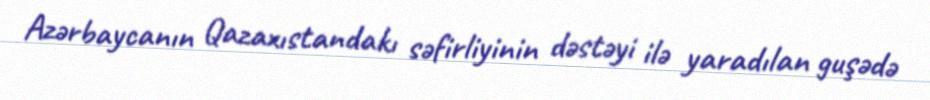
Azərbaycanın Qazaxıstandakı səfirliyinin dəstəyi ilə yaradılan guşədə